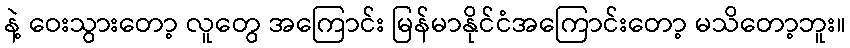
နဲ့ ဝေးသွားတော့ လူတွေ အကြောင်း မြန်မာနိုင်ငံအကြောင်းတော့ မသိတော့ဘူး။